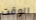
الوقت